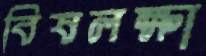
বিষলক্ষা